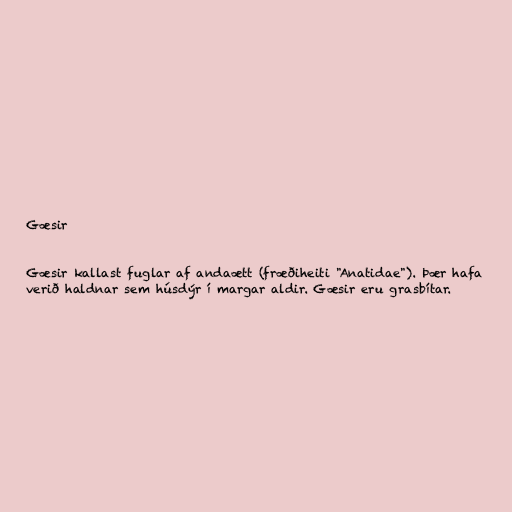
Gæsir

Gæsir kallast fuglar af andaætt (fræðiheiti "Anatidae"). Þær hafa
verið haldnar sem húsdýr í margar aldir. Gæsir eru grasbítar.